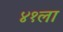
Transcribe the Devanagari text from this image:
४१ला